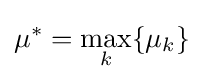
\mu ^{*}=\max _{k}\{\mu _{k}\}